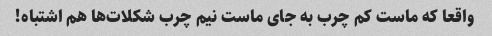
واقعا که ماست کم چرب به جای ماست نیم چرب شکلات‌ها هم اشتباه!